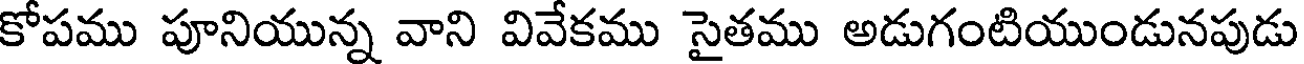
కోపము పూనియున్న వాని వివేకము సైతము అడుగంటియుండునపుడు